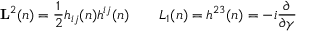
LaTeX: { \bf L } ^ { 2 } ( n ) = { \frac { 1 } { 2 } } h _ { i j } ( n ) h ^ { i j } ( n ) \qquad L _ { 1 } ( n ) = h ^ { 2 3 } ( n ) = - i { \frac { \partial } { \partial \gamma } }